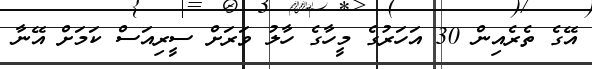
އޭގެ ތެރެއިން 30 އަހަރުގެ މީހާގެ ހާލު ވަރަށް ސީރިއަސް ކަމަށް އޭނާ